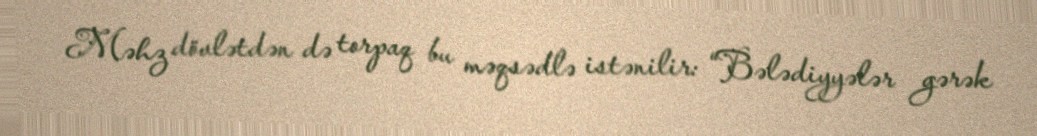
Məhz dövlətdən də torpaq bu məqsədlə istənilir: “Bələdiyyələr gərək